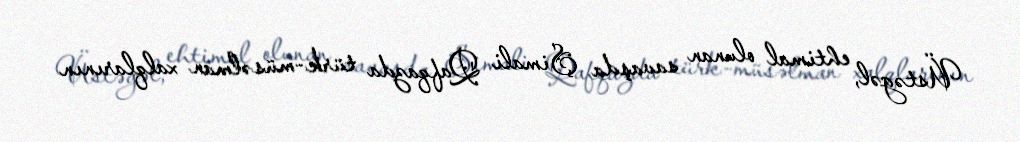
Üstəgəl, ehtimal olunan savaşda Şimali Qafqazda türk-müsəlman xalqlarının